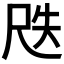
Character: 𡱛